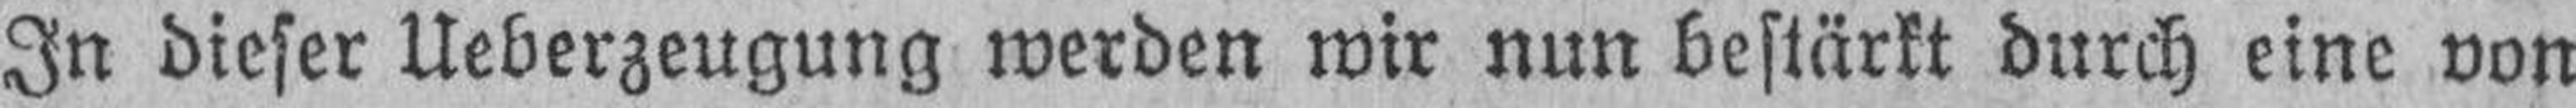
In dieser Ueberzeugung werden wir nun bestärkt durch eine von